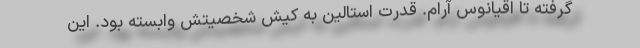
گرفته تا اقیانوس آرام. قدرت استالین به کیش شخصیتش وابسته بود. این